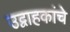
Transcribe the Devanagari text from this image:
उद्वाहकांचे